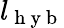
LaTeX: l_{\mathrm{~h~y~b~}}